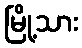
မြို့သား